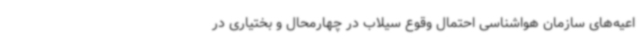
اعیه‌های سازمان هواشناسی احتمال وقوع سیلاب در چهارمحال و بختیاری در